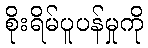
စိုးရိမ်ပူပန်မှုကို